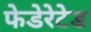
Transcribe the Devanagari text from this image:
फेडेरेटेड